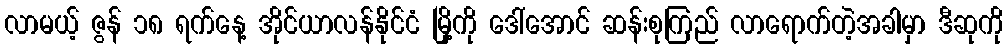
လာမယ့် ဇွန် ၁၈ ရက်နေ့ အိုင်ယာလန်နိုင်ငံ မြို့ကို ဒေါ်အောင် ဆန်းစုကြည် လာရောက်တဲ့အခါမှာ ဒီဆုကို